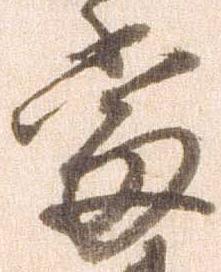
当